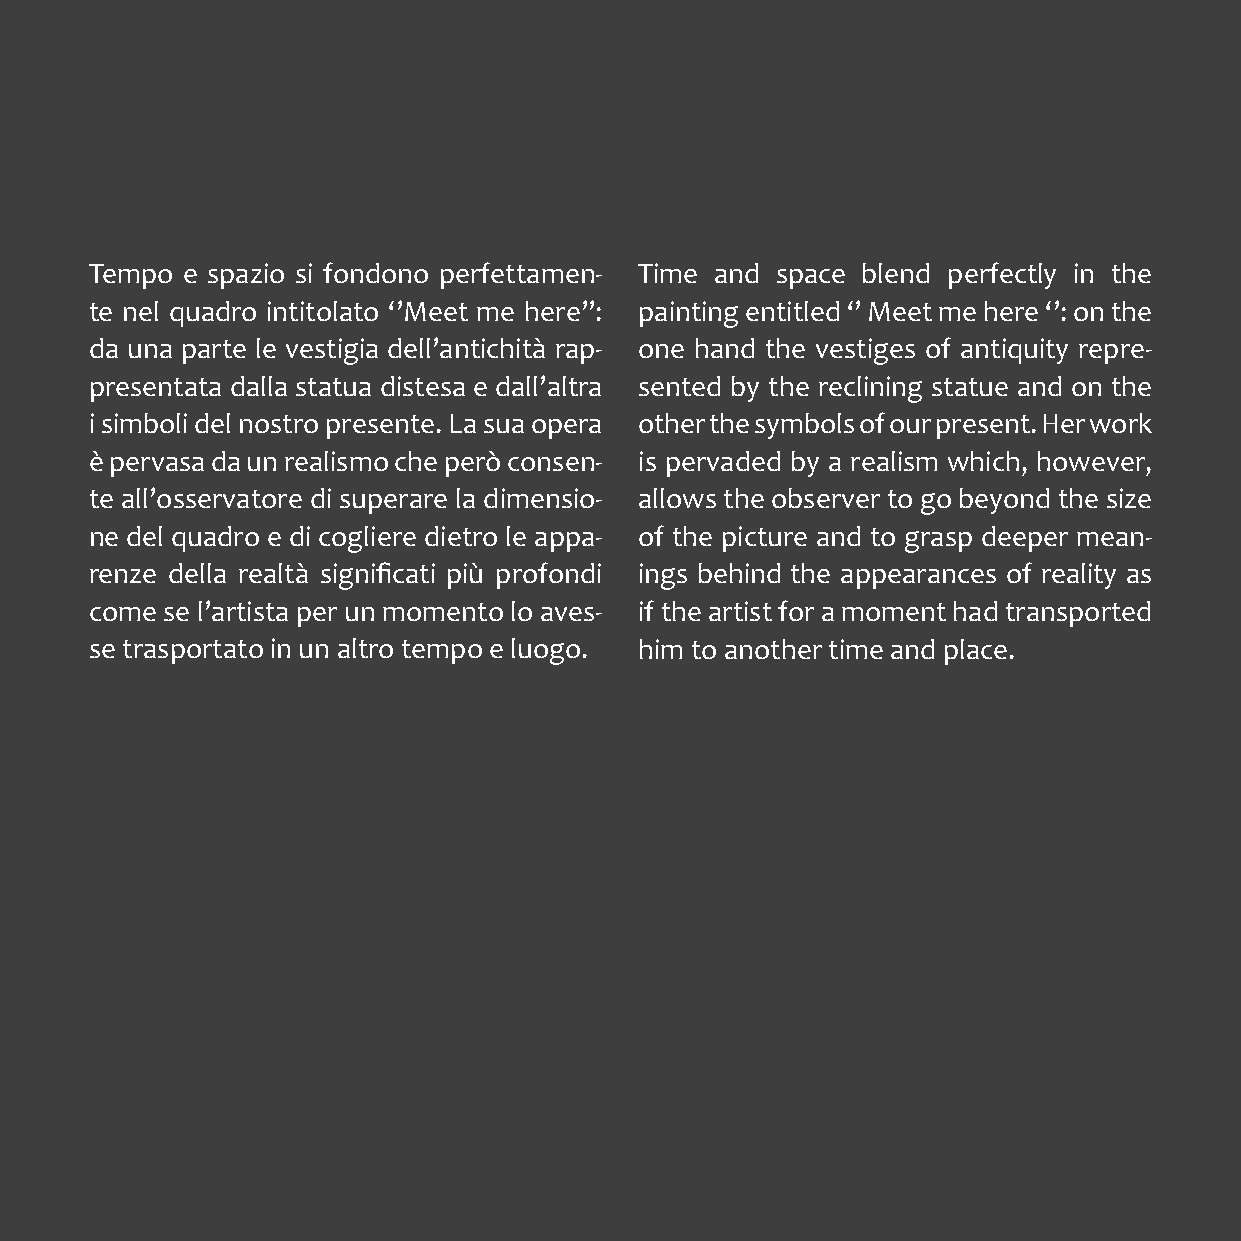
Tempo e spazio si fondono perfettamen- Time and space blend perfectly in the
 te nel quadro intitolato ‘’Meet me here’’: painting entitled ‘’ Meet me here ‘’: on the
 da una parte le vestigia dell’antichità rap- one hand the vestiges of antiquity repre-
 presentata dalla statua distesa e dall’altra sented by the reclining statue and on the
 i simboli del nostro presente. La sua opera other the symbols of our present. Her work
 è pervasa da un realismo che però consen- is pervaded by a realism which, however,
 te all’osservatore di superare la dimensio- allows the observer to go beyond the size
 ne del quadro e di cogliere dietro le appa- of the picture and to grasp deeper mean-
 renze della realtà significati più profondi ings behind the appearances of reality as
 come se l’artista per un momento lo aves- if the artist for a moment had transported
 se trasportato in un altro tempo e luogo. him to another time and place.